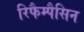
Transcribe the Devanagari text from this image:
रिफैम्पैसिन